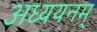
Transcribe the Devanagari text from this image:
अध्ययनम्